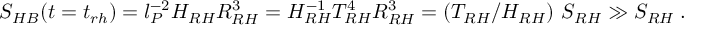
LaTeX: S _ { H B } ( t = t _ { r h } ) = l _ { P } ^ { - 2 } H _ { R H } R _ { R H } ^ { 3 } = H _ { R H } ^ { - 1 } T _ { R H } ^ { 4 } R _ { R H } ^ { 3 } = ( T _ { R H } / H _ { R H } ) ~ S _ { R H } \gg S _ { R H } \; .